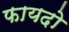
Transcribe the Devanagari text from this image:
फायदो